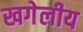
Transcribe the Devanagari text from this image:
खगेलीय